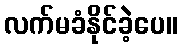
လက်မခံနိုင်ခဲ့ပေ။